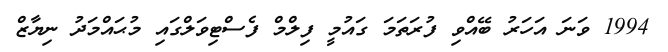
1994 ވަނަ އަހަރު ބޭއްވި ފުރަތަމަ ގައުމީ ފިލްމް ފެސްޓިވަލްގައި މުޙައްމަދު ނިޔާޒް